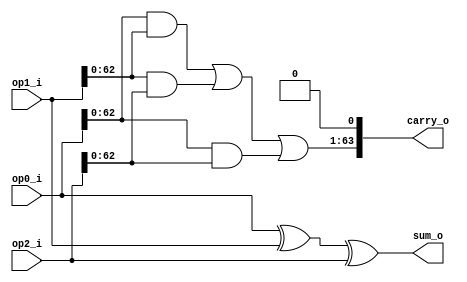
`timescale 1ns/1ps

module csa64 (
   input  [63:0] op0_i,
   input  [63:0] op1_i,
   input  [63:0] op2_i,
   output [63:0] sum_o,
   output [63:0] carry_o
);

assign sum_o = op0_i ^ op1_i ^ op2_i;
assign carry_o = {(op0_i & op1_i) | (op1_i & op2_i) | (op0_i & op2_i), 1'b0};

endmodule